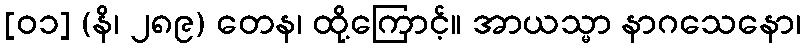
[၀၁] (နိ၊ ၂၈၉) တေန၊ ထို့ကြောင့်။ အာယသ္မာ နာဂသေနော၊